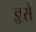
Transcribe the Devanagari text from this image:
ज्ञ्रसे